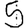
Digit: 5